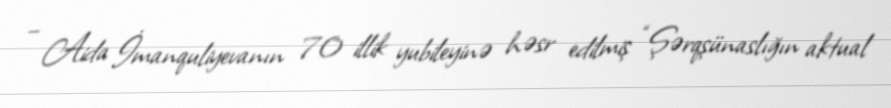
– Aida İmanquliyevanın 70 illik yubileyinə həsr edilmiş “Şərqşünaslığın aktual